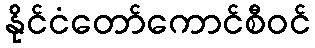
နိုင်ငံတော်ကောင်စီဝင်